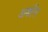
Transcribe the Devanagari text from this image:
अकॉन